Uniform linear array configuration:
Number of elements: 8
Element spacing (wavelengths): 1
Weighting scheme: kaiser
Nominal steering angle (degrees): -30
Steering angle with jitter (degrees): -31.103
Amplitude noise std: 0.05
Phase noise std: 0.05

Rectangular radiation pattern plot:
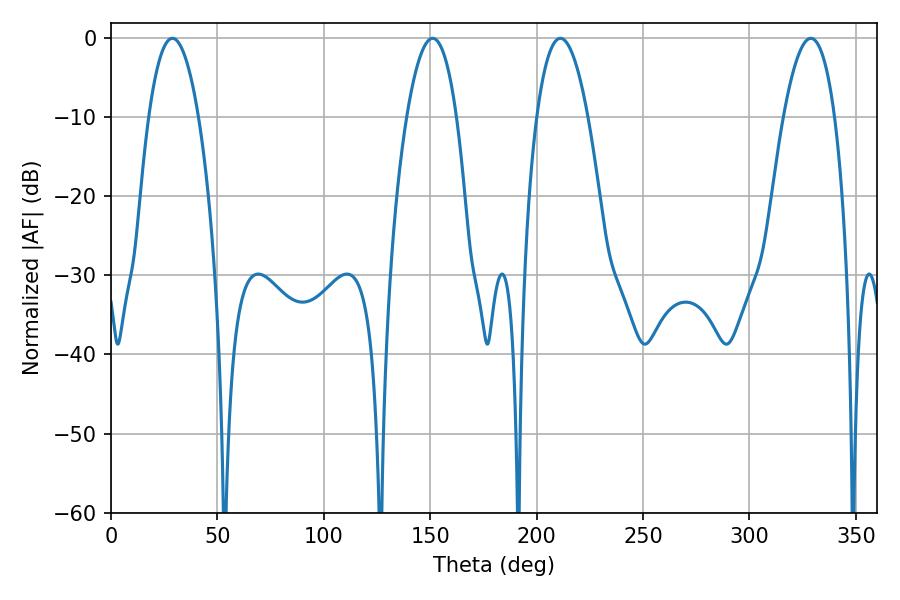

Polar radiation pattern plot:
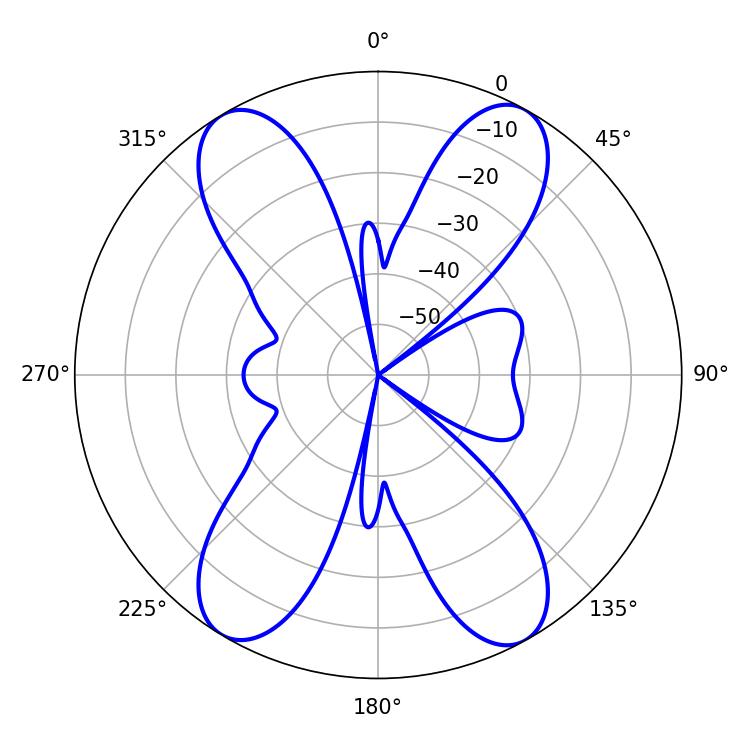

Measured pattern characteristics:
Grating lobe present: TRUE
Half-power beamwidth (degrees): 13.14
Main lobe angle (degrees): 211.14